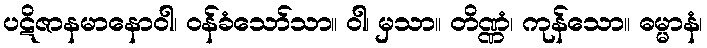
ပဋိဇာနမာနောဝါ၊ ဝန်ခံသော်သာ။ ဝါ၊ မှသာ။ တိဏ္ဏံ၊ ကုန်သော။ ဓမ္မာနံ၊